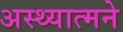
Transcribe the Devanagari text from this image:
अस्थ्यात्मने